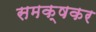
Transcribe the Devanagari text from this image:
समक्षकर